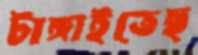
টাঙ্গাইতেছ